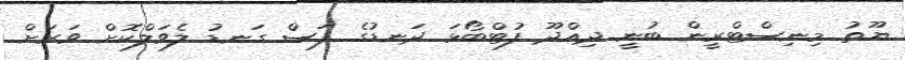
ޔޫތު މިނިސްޓްރީން ބުނީ ދިއްދޫ ފުޓްބޯޅަ ދަނޑުގެ ފަސް ގަނޑު ލެވަލްކޮށް ވަރަށް